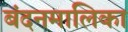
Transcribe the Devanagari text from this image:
बंदनमालिका